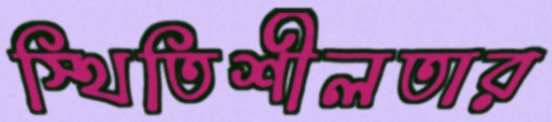
স্থিতিশীলতার